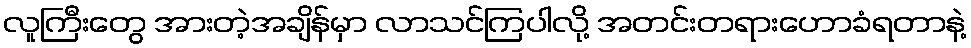
လူကြီးတွေ အားတဲ့အချိန်မှာ လာသင်ကြပါလို့ အတင်းတရားဟောခံရတာနဲ့